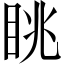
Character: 眺